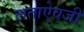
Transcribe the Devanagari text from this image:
लताऐवजी